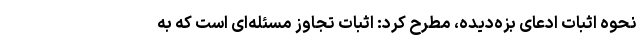
نحوه اثبات ادعای بزه‌دیده، مطرح کرد: اثبات تجاوز مسئله‌ای است که به